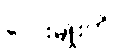
လေးမျိုးကို